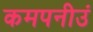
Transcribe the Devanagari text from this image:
कमपनीउं